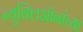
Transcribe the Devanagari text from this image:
न्यूक्लिऑनांच्या